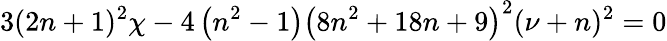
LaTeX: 3(2n+1)^{2}\chi-4\left(n^{2}-1\right)\left(8n^{2}+18n+9\right)^{2}(\nu+n)^{2}=0